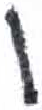
אות: ו